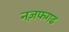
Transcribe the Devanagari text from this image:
नज़फगढ